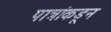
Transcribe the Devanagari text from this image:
पात्रांकडून